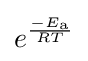
e^{\frac {-E_{\text{a}}}{RT}}